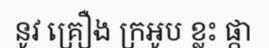
នូវ គ្រឿង ក្រអូប ខ្លះ ផ្កា